Civil Veterinary Department Bihar reports 1936-40 - 1936-1940
Year: 1936
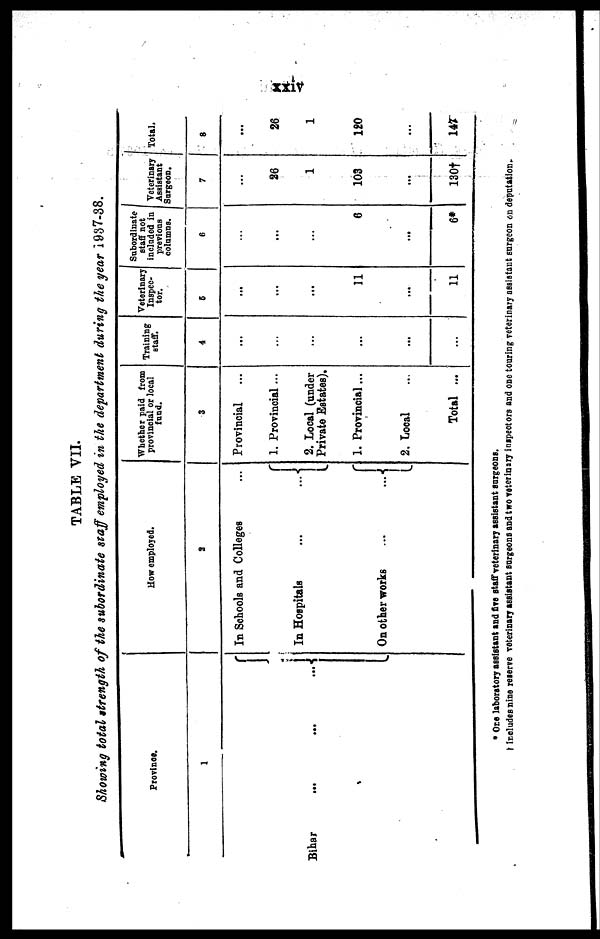
xxiv
TABLE VII.
Showing total strength of the subordinate staff employed in the department during the year 1937-38.
Province.
1
Bihar ... ... ...
How employed.
2
In Schools and Colleges
In Hospitals ...
On other works ...
...
...
...
Whether paid from
provincial or local
fund.
3
Provincial
1. Provincial ...
2. Local (under
Private Estates).
1. Provincial ...
2. Local
Total ...
Training
staff.
4
...
...
...
...
...
...
Veterinary
Inspec-
tor.
5
...
...
...
11
...
11
Subordinate
staff not
included in
previous
columns.
6
...
...
...
6
...
6*
Veterinary
Assistant
Surgeon.
7
...
26
1
103
...
130†
Total.
8
...
26
1
120
...
147
* One laboratory assistant and five staff veterinary assistant surgeons.
Includes nine reserve veterinary assistant surgeons and two veterinary inspectors and one touring veterinary assistant surgeon on deputation.